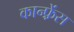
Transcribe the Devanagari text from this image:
कान्फ़्रेंस